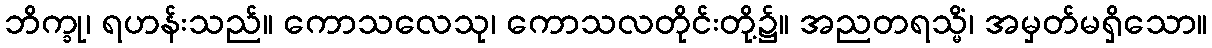
ဘိက္ခု၊ ရဟန်းသည်။ ကောသလေသု၊ ကောသလတိုင်းတို့၌။ အညတရသ္မိံ၊ အမှတ်မရှိသော။